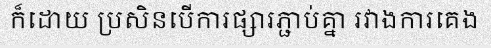
ក៏ដោយ ប្រសិនបើការផ្សារភ្ជាប់គ្នា រវាងការគេង